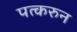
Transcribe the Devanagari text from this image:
पत्‍करुन